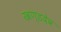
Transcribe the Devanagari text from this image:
खण्डदेव